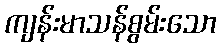
ကျန်းမာသန်စွမ်းသော